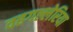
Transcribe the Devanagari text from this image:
वहगल्लेरिया